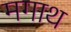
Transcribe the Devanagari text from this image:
मगाथ